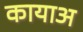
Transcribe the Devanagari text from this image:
कायाअ